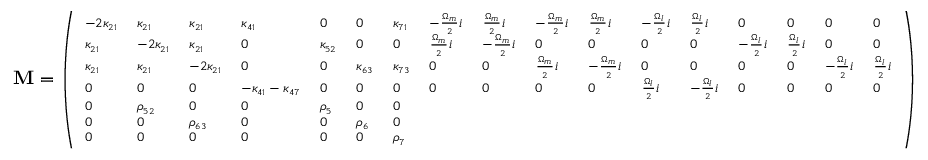
\mathbf { M } = \scriptsize { \left( \begin{array} { l l l l l l l l l l l l l l l l l } { - 2 \kappa _ { 2 1 } } & { \kappa _ { 2 1 } } & { \kappa _ { 2 1 } } & { \kappa _ { 4 1 } } & { 0 } & { 0 } & { \kappa _ { 7 1 } } & { - \frac { \Omega _ { m } } { 2 } i } & { \frac { \Omega _ { m } } { 2 } i } & { - \frac { \Omega _ { m } } { 2 } i } & { \frac { \Omega _ { m } } { 2 } i } & { - \frac { \Omega _ { l } } { 2 } i } & { \frac { \Omega _ { l } } { 2 } i } & { 0 } & { 0 } & { 0 } & { 0 } \\ { \kappa _ { 2 1 } } & { - 2 \kappa _ { 2 1 } } & { \kappa _ { 2 1 } } & { 0 } & { \kappa _ { 5 2 } } & { 0 } & { 0 } & { \frac { \Omega _ { m } } { 2 } i } & { - \frac { \Omega _ { m } } { 2 } i } & { 0 } & { 0 } & { 0 } & { 0 } & { - \frac { \Omega _ { l } } { 2 } i } & { \frac { \Omega _ { l } } { 2 } i } & { 0 } & { 0 } \\ { \kappa _ { 2 1 } } & { \kappa _ { 2 1 } } & { - 2 \kappa _ { 2 1 } } & { 0 } & { 0 } & { \kappa _ { 6 3 } } & { \kappa _ { 7 3 } } & { 0 } & { 0 } & { \frac { \Omega _ { m } } { 2 } i } & { - \frac { \Omega _ { m } } { 2 } i } & { 0 } & { 0 } & { 0 } & { 0 } & { - \frac { \Omega _ { l } } { 2 } i } & { \frac { \Omega _ { l } } { 2 } i } \\ { 0 } & { 0 } & { 0 } & { - \kappa _ { 4 1 } - \kappa _ { 4 7 } } & { 0 } & { 0 } & { 0 } & { 0 } & { 0 } & { 0 } & { 0 } & { \frac { \Omega _ { l } } { 2 } i } & { - \frac { \Omega _ { l } } { 2 } i } & { 0 } & { 0 } & { 0 } & { 0 } \\ { 0 } & { \rho _ { 5 2 } } & { 0 } & { 0 } & { \rho _ { 5 } } & { 0 } & { 0 } \\ { 0 } & { 0 } & { \rho _ { 6 3 } } & { 0 } & { 0 } & { \rho _ { 6 } } & { 0 } \\ { 0 } & { 0 } & { 0 } & { 0 } & { 0 } & { 0 } & { \rho _ { 7 } } \end{array} \right) }